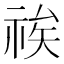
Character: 𮁽